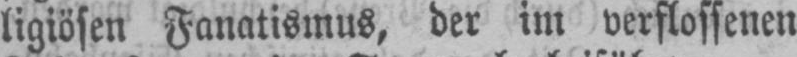
ligiösen Fanatismus, der im verflossenen